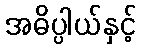
အဓိပ္ပါယ်နှင့်